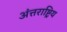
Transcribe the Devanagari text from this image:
अंत्तराष्ट्रिय